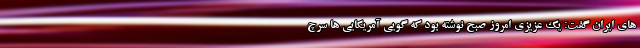
های ایران گفت: یک عزیزی امروز صبح نوشته بود که گویی آمریکایی ها سرچ